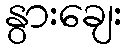
နွားချေး